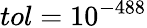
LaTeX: tol=10^{-488}